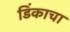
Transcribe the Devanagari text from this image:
डिंकाचा